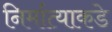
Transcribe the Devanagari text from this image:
निर्मात्याकडे